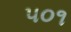
૫૦૧